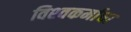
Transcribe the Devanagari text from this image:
विश्‍वकर्माचा